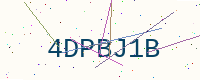
Text: 4DPBJ1B